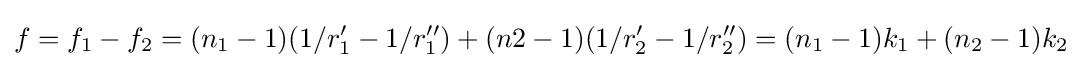
f=f_{1}-f_{2}=(n_{1}-1)(1/r'_{1}-1/r''_{1})+(n2-1)(1/r'_{2}-1/r''_{2})=(n_{1}-1)k_{1}+(n_{2}-1)k_{2}